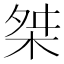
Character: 桀